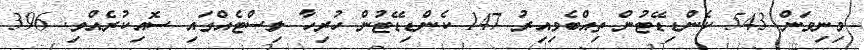
މިނިވަން 543 ކެންޑިޑޭޓުން ތިއްބެވިއިރު 147 ކެންޑިޑޭޓުން ހުރިހާ ލިސްޓެއްގައި ސޮއިކުރެއްވި. 396